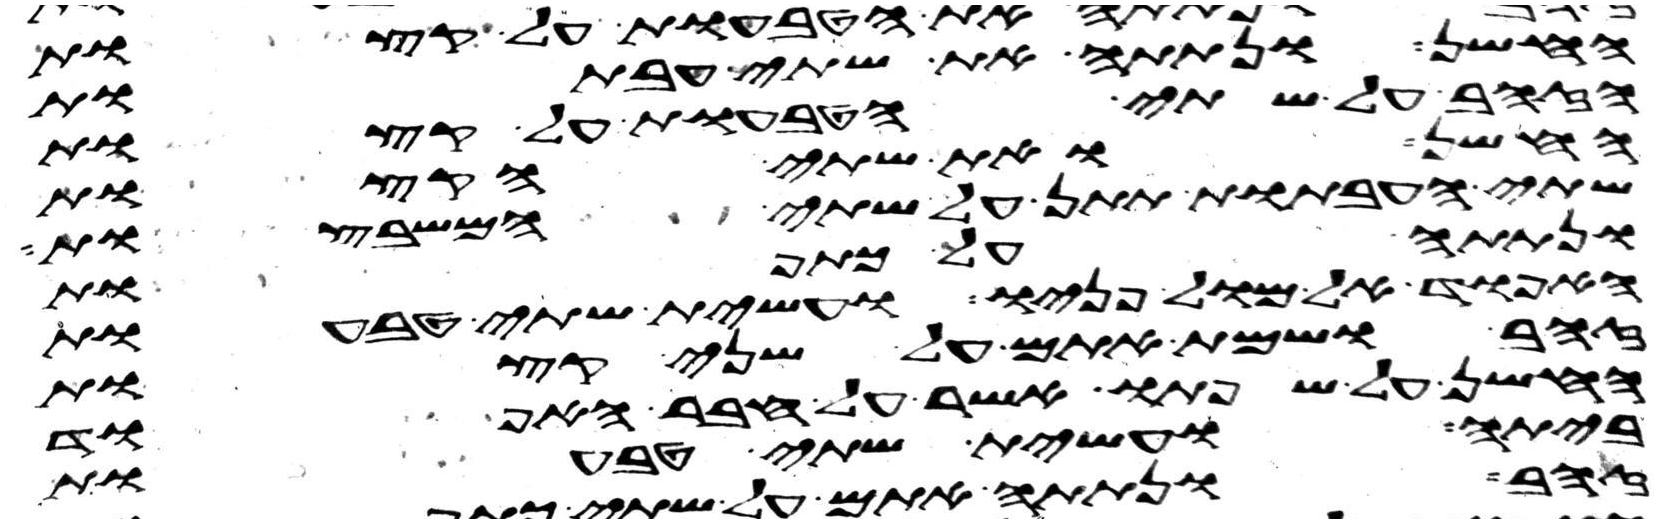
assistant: החשן ונתתה את שתי העבתות
הזהב על שתי הטבעות על קצות
החשן ואת שתי הקצות
שתי העבתות תתן על שתי המשבצות
ונתתה על כתפות
האפוד אל מול פניו ועשית שתי טבעות
זהב ושמת אתם על שני קצות
החשן על שפתו אשר על חבר האפוד
ביתה ועשית שתי טבעות